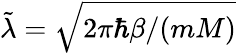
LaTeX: \tilde{\lambda}=\sqrt{2\pi\hbar\beta/(mM)}